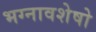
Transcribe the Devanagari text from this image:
भग्नावशेषो